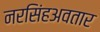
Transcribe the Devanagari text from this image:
नरसिंहअवतार